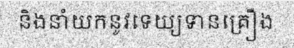
និងនាំយកនូវទេយ្យទានគ្រឿង